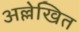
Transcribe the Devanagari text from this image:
अल्लेखित